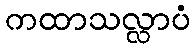
ကထာသလ္လာပံ